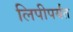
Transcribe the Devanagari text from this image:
लिपीपर्यंत